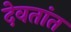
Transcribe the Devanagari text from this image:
देवतांत